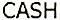
CASH